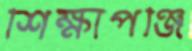
শিক্ষাপঞ্জি